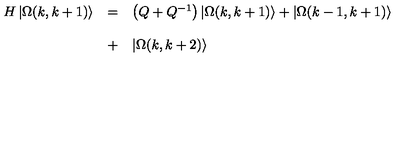
\begin{array} { l l l } { H \left| \Omega ( k , k + 1 ) \right\rangle } & { = } & { \left( Q + Q ^ { - 1 } \right) \left| \Omega ( k , k + 1 ) \right\rangle + \left| \Omega ( k - 1 , k + 1 ) \right\rangle } \\ { } & { } & { } \\ { } & { + } & { \left| \Omega ( k , k + 2 ) \right\rangle } \\ \end{array}